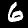
Label: 6